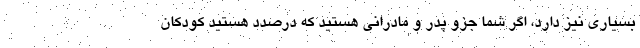
بسیاری نیز دارد، اگر شما جزو پدر و مادرانی هستید که درصدد هستید کودکان